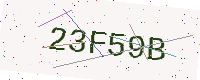
Text: 23F59B